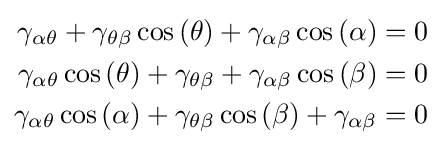
{\begin{aligned}\gamma _{\alpha \theta }+\gamma _{\theta \beta }\cos \left(\theta \right)+\gamma _{\alpha \beta }\cos \left(\alpha \right)&=0\\\gamma _{\alpha \theta }\cos \left(\theta \right)+\gamma _{\theta \beta }+\gamma _{\alpha \beta }\cos \left(\beta \right)&=0\\\gamma _{\alpha \theta }\cos \left(\alpha \right)+\gamma _{\theta \beta }\cos \left(\beta \right)+\gamma _{\alpha \beta }&=0\end{aligned}}